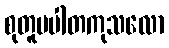
စုတူပပါတကုသလော